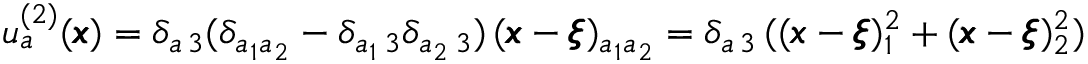
u _ { a } ^ { ( 2 ) } ( { \pmb x } ) = \delta _ { a \, 3 } ( \delta _ { a _ { 1 } a _ { 2 } } - \delta _ { a _ { 1 } \, 3 } \delta _ { a _ { 2 } \, 3 } ) \, ( { \pmb x } - { \pmb \xi } ) _ { a _ { 1 } a _ { 2 } } = \delta _ { a \, 3 } \, ( ( { \pmb x } - { \pmb \xi } ) _ { 1 } ^ { 2 } + ( { \pmb x } - { \pmb \xi } ) _ { 2 } ^ { 2 } )